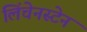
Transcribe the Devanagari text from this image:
लिंचेनस्टेन